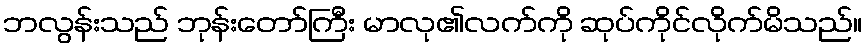
ဘလွန်းသည် ဘုန်းတော်ကြီး မာလု၏လက်ကို ဆုပ်ကိုင်လိုက်မိသည်။